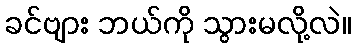
ခင်ဗျား ဘယ်ကို သွားမလို့လဲ။